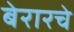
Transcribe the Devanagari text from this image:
बेरारचे